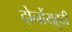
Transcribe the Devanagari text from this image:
दोनोंयहूदी